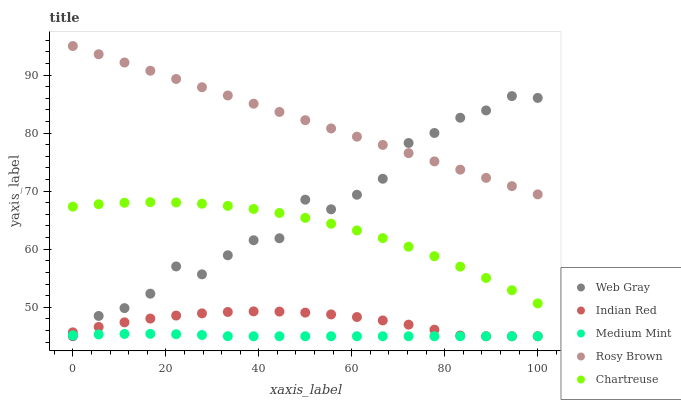
| xaxis_label | Web Gray | Indian Red | Medium Mint | Rosy Brown | Chartreuse |
 | --- | --- | --- | --- | --- | --- |
 | 0 | 45 | 45.7 | 45.2 | 95 | 67.3 |
 | 5.56 | 48.5 | 46.6 | 45.3 | 93.6 | 67.7 |
 | 11.1 | 49.8 | 47.4 | 45.4 | 92.2 | 68 |
 | 16.7 | 52.3 | 48 | 45.4 | 90.7 | 68.1 |
 | 22.2 | 57 | 48.6 | 45.4 | 89.3 | 68 |
 | 27.8 | 55.7 | 48.9 | 45.2 | 87.9 | 67.8 |
 | 33.3 | 59 | 49.2 | 45 | 86.5 | 67.5 |
 | 38.9 | 61.5 | 49.3 | 45 | 85.1 | 66.9 |
 | 44.4 | 61.9 | 49.2 | 45 | 83.6 | 66.2 |
 | 50 | 68.5 | 49.1 | 45 | 82.2 | 65.4 |
 | 55.6 | 66.9 | 48.8 | 45 | 80.8 | 64.4 |
 | 61.1 | 69.4 | 48.3 | 45 | 79.4 | 63.2 |
 | 66.7 | 72.1 | 47.7 | 45 | 78 | 61.9 |
 | 72.2 | 78.3 | 47 | 45 | 76.5 | 60.4 |
 | 77.8 | 80 | 46.1 | 45 | 75.1 | 58.8 |
 | 83.3 | 82.6 | 45.1 | 45 | 73.7 | 57 |
 | 88.9 | 83.9 | 45 | 45 | 72.3 | 55 |
 | 94.4 | 86.4 | 45 | 45 | 70.9 | 52.9 |
 | 100 | 86.1 | 45 | 45 | 69.4 | 50.7 |